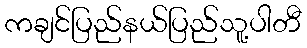
ကချင်ပြည်နယ်ပြည်သူ့ပါတီ